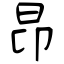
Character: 昂